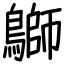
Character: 鶳